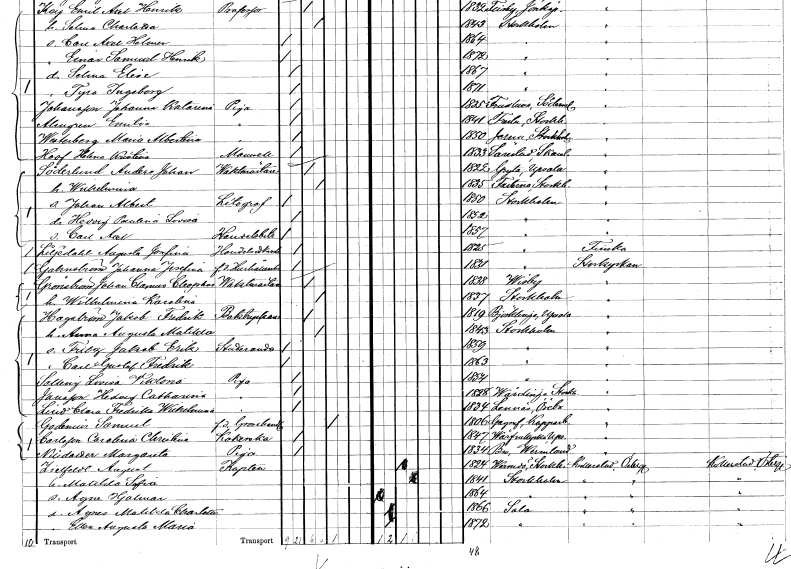
gt_parse: households: individuals: FN: Anders Johan
EN: Söderlund
YRKE: Vaktmästare
KON: M
CIV: G
FODAR: 1822
FODFORS: Gryta Uppsala län
FN: Wilhelmina
KON: K
CIV: G
FODAR: 1835
FODFORS: Fasterna Stockholms län
FN: Johan Albert
YRKE: Litograf
KON: M
CIV: O
FODAR: 1850
FODFORS: Stockholm
FN: Hedvig Paulina Lovisa
KON: K
CIV: O
FODAR: 1852
FODFORS: Stockholm
FN: Carl Axel
YRKE: Handelsbiträde
KON: M
CIV: O
FODAR: 1857
FODFORS: Stockholm
FN: Augusta Josefina
EN: Liljedahl
YRKE: Handelsidkerska
KON: K
CIV: O
FODAR: 1825
FODFORS: Stockholm
FN: Johanna Josefina
EN: Gahnström
YRKE: Hushållerska f.d.
KON: K
CIV: O
FODAR: 1831
FODFORS: Stockholm
FN: Johan Clamus Cleopkas
EN: Grönström
YRKE: Vaktmästare
KON: M
CIV: G
FODAR: 1838
FODFORS: Visby Gotlands län
FN: Wilhelmina Karolina
KON: K
CIV: G
FODAR: 1837
FODFORS: Stockholm
FN: Jakob Fredrik
EN: Hagström
YRKE: Boktryckare
KON: M
CIV: G
FODAR: 1819
FODFORS: Björklinge Uppsala län
FN: Anna Augusta Matilda
KON: K
CIV: G
FODAR: 1843
FODFORS: Stockholm
FN: Fritz Jakob Erik
YRKE: Studerande
KON: M
CIV: O
FODAR: 1859
FODFORS: Stockholm
FN: Carl Gustaf Fredrik
KON: M
CIV: O
FODAR: 1863
FODFORS: Stockholm
FN: Lovisa Viktoria
EN: Selling
YRKE: Piga
KON: K
CIV: O
FODAR: 1854
FODFORS: Stockholm
FN: Hedvig Catharina
EN: Jansson
YRKE: Piga
KON: K
CIV: O
FODAR: 1828
FODFORS: Vårdinge Stockholms län
FN: Clara Fredrika Wilhelmina
EN: Lind
YRKE: Piga
KON: K
CIV: O
FODAR: 1834
FODFORS: Lännäs Örebro län
FN: Samuel
EN: Godenius
YRKE: Grosshandlare f.d.
KON: M
CIV: E
FODAR: 1806
FODFORS: Gagnef Kopparbergs län
FN: Carolina Christina
EN: Carlsson
YRKE: Kokerska
KON: K
CIV: O
FODAR: 1847
FODFORS: Vårfrukyrka Uppsala län
FN: Margareta
EN: Nilsdotter
YRKE: Piga
KON: K
CIV: O
FODAR: 1834
FODFORS: Bro Värmlands län
FN: August
EN: Zielfeldt
YRKE: Kapten
KON: M
CIV: G
FODAR: 1824
FODFORS: Värmdö Stockholms län
FN: Matilda Sofia
KON: K
CIV: G
FODAR: 1841
FODFORS: Stockholm
FN: Agne Hjalmar
KON: M
CIV: O
FODAR: 1864
FODFORS: Stockholm
FN: Agnes Matilda Charlotta
KON: K
CIV: O
FODAR: 1866
FODFORS: Sala Västmanlands län
FN: Elsa Augusta Maria
KON: K
CIV: O
FODAR: 1872
FODFORS: Sala Västmanlands län